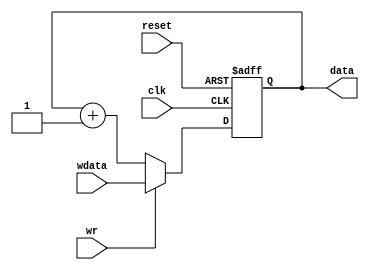
module counter (
    input wire reset,
    input wire clk,
    input wire [7:0]wdata,
    input wire wr,
    output reg [7:0]data,
     
);
always @ (posedge clk or posedge reset)
       
    if (reset)
       data <= 8'h00;
    else
    if(wr)
    begin
       data <= wdata;
       $display("written %h",wdata);
    end
   else
      data <= data + 8'h01;
endmodule